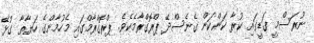
ނުރަސްމީ ގަޑީގައި ކުރާ ކަންކަން ގެނެސްދޭ ޕްރޮގްރާމެކެވެ. ޕްރޮގްރާމްގައި މެހުމާންގެ ހަޔާތާ ގުޅޭ